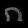
Digit: ၈